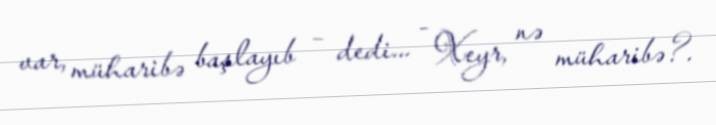
var, müharibə başlayıb – dedi... - Xeyr, nə müharibə?.